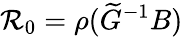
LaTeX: \mathcal{R}_{0}=\rho(\widetilde{G}^{-1}B)